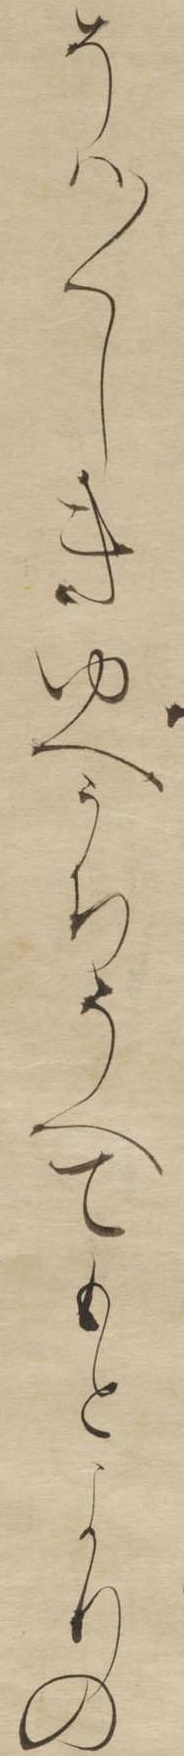
そは〱しきゆへうちそへてもとよりの